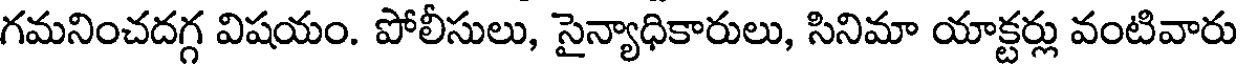
గమనించదగ్గ విషయం. పోలీసులు, సైన్యాధికారులు, సినిమా యాక్టర్లు వంటివారు